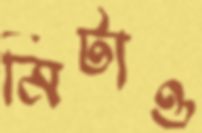
মিটাও